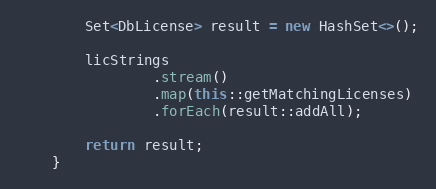
Language: Java
        Set<DbLicense> result = new HashSet<>();

        licStrings
                .stream()
                .map(this::getMatchingLicenses)
                .forEach(result::addAll);

        return result;
    }